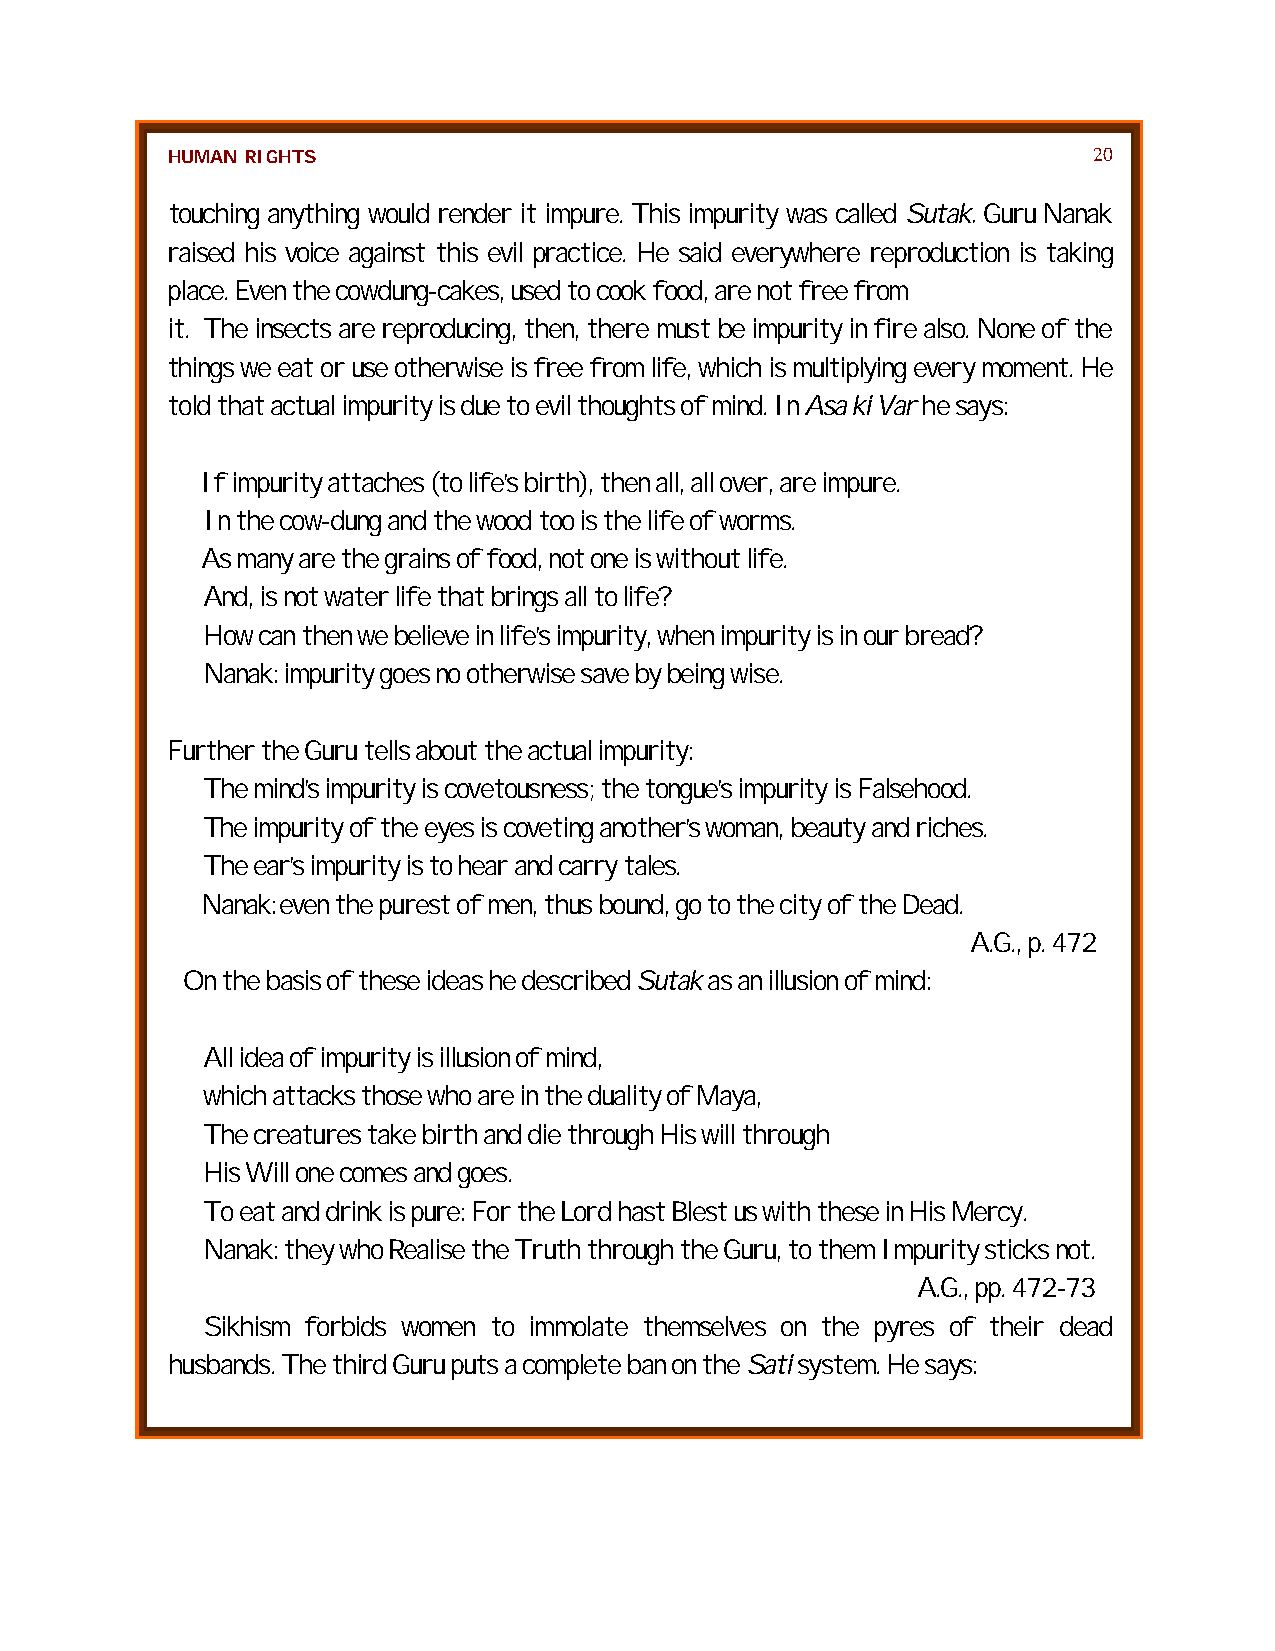
HUMAN RIGHTS                                                 20
 touching anything would render it impure. This impurity was called Sutak. Guru Nanak
 raised his voice against this evil practice. He said everywhere reproduction is taking
 place. Even the cowdung-cakes, used to cook food, are not free from
 it. The insects are reproducing, then, there must be impurity in fire also. None of the
 things we eat or use otherwise is free from life, which is multiplying every moment. He
 told that actual impurity is due to evil thoughts of mind. In Asa ki Var he says:
 If impurity attaches (to life’s birth), then all, all over, are impure.
 In the cow-dung and the wood too is the life of worms.
 As many are the grains of food, not one is without life.
 And, is not water life that brings all to life?
 How can then we believe in life’s impurity, when impurity is in our bread?
 Nanak: impurity goes no otherwise save by being wise.
 Further the Guru tells about the actual impurity:
 The mind’s impurity is covetousness; the tongue’s impurity is Falsehood.
 The impurity of the eyes is coveting another’s woman, beauty and riches.
 The ear’s impurity is to hear and carry tales.
 Nanak: even the purest of men, thus bound, go to the city of the Dead.
 A.G., p. 472
 On the basis of these ideas he described Sutak as an illusion of mind:
 All idea of impurity is illusion of mind,
 which attacks those who are in the duality of Maya,
 The creatures take birth and die through His will through
 His Will one comes and goes.
 To eat and drink is pure: For the Lord hast Blest us with these in His Mercy.
 Nanak: they who Realise the Truth through the Guru, to them Impurity sticks not.
 A.G., pp. 472-73
 Sikhism forbids women to immolate themselves on the pyres of their dead
 husbands. The third Guru puts a complete ban on the Sati system. He says: